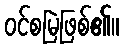
ဝင်စမြဲဖြစ်၏။